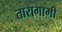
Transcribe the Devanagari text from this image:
तारागामी